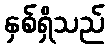
နှစ်ရှိသည်